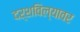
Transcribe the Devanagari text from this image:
दर्शविल्यावर